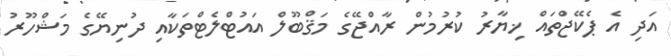
އަދި އެ ޕެކޭޖްތައް ޚިޔާރު ކުރުމުން ރާއްޖޭގެ މަޤްބޫލް އައުޓްލެޓްތަކާއި ދުނިޔޭގެ މަޝްހޫރު